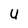
Character: U